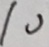
1 0